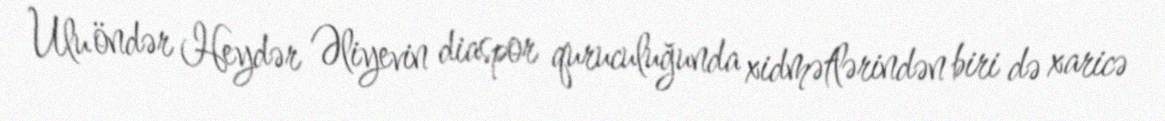
Ulu öndər Heydər Əliyevin diaspor quruculuğunda xidmətlərindən biri də xaricə